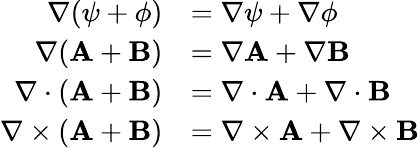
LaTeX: {\begin{array}{rl}{\nabla(\psi+\phi)}&{=\nabla\psi+\nabla\phi}\\ {\nabla(\mathbf{A}+\mathbf{B})}&{=\nabla\mathbf{A}+\nabla\mathbf{B}}\\ {\nabla\cdot(\mathbf{A}+\mathbf{B})}&{=\nabla\cdot\mathbf{A}+\nabla\cdot\mathbf{B}}\\ {\nabla\times(\mathbf{A}+\mathbf{B})}&{=\nabla\times\mathbf{A}+\nabla\times\mathbf{B}}\end{array}}